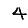
Digit: 4